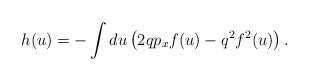
\begin{align*}h(u)=-\int du \left(2qp_xf(u) - q^2 f^2(u)\right).\end{align*}